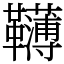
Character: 𩍿